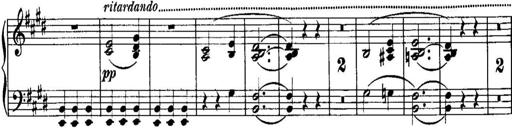
Title: Piano Sonatina No.1, Op.146
Composer: Stephen Heller